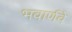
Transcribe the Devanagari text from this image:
भवार्णवे